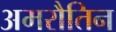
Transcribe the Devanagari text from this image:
अमरौतिन